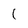
Character: 1